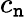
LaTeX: c_{\mathtt{n}}